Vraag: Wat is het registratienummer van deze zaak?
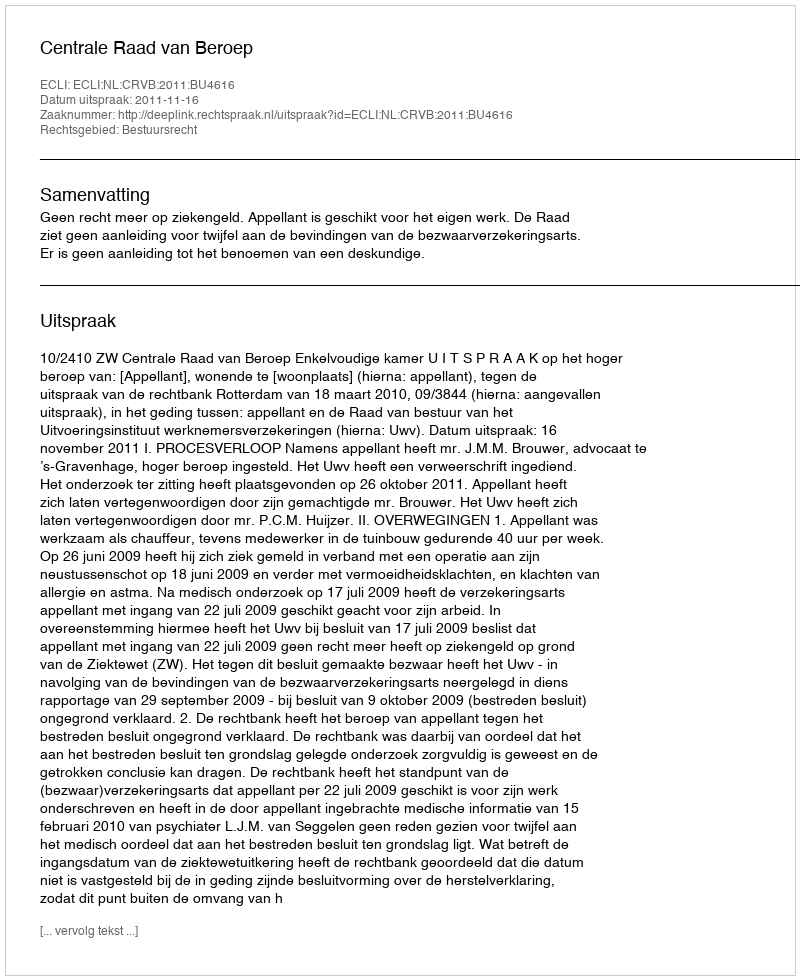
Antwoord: http://deeplink.rechtspraak.nl/uitspraak?id=ECLI:NL:CRVB:2011:BU4616